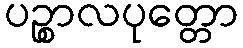
ပဉ္စာလပုတ္တော